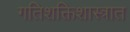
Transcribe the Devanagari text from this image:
गतिशक्तिशास्त्रात